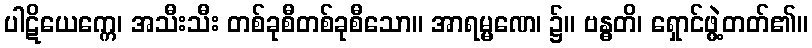
ပါဋိယေက္ကေ၊ အသီးသီး တစ်ခုစီတစ်ခုစီသော။ အာရမ္မဏေ၊ ၌။ ဗန္ဓတိ၊ ရှောင်ဖွဲ့တတ်၏။